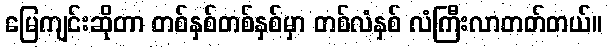
မြေကျင်းဆိုတာ တစ်နှစ်တစ်နှစ်မှာ တစ်လံနှစ် လံကြီးလာတတ်တယ်။